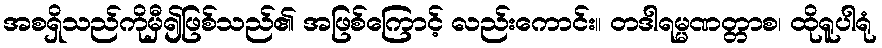
အစရှိသည်ကိုမှီ၍ဖြစ်သည်၏ အဖြစ်ကြောင့် လည်းကောင်း။ တဒါရမ္မဏတ္တာစ၊ ထိုရူပါရုံ